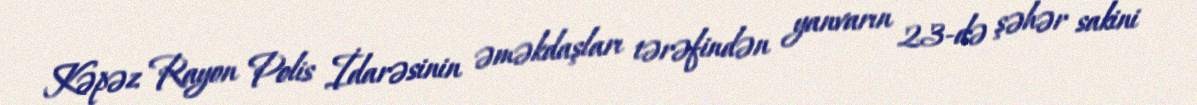
Kəpəz Rayon Polis İdarəsinin əməkdaşları tərəfindən yanvarın 23-də şəhər sakini